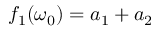
f _ { 1 } ( \omega _ { 0 } ) = a _ { 1 } + a _ { 2 }